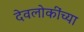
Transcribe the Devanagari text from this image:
देवलोकींच्या